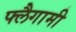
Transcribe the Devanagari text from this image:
फ्लैगामी